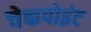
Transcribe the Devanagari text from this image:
चेकपोइंट